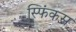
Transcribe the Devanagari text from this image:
स्फिंकस